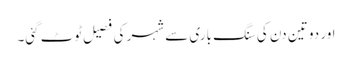
اور دو تین دن کی سنگ باری سے شہر کی فصیل ٹوٹ گئی۔